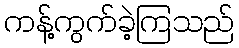
ကန့်ကွက်ခဲ့ကြသည်